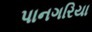
પાનગરિયા